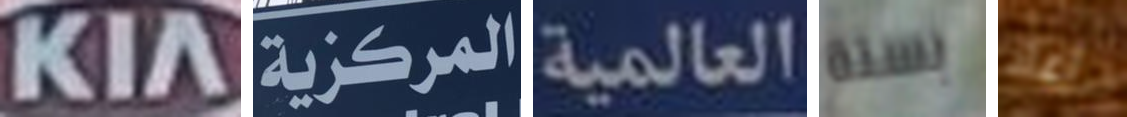
KIA المركزية العالمية بستة اعاد